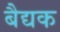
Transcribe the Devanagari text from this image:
बैद्यक